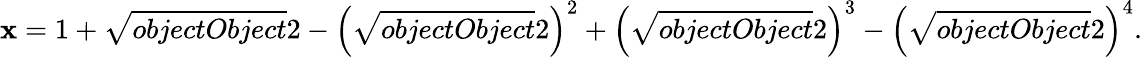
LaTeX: \mathbf{x}=1+{\sqrt{{{objectObject}}}{{2}}}-\left({\sqrt{{{objectObject}}}{{2}}}\right)^{2}+\left({\sqrt{{{objectObject}}}{{2}}}\right)^{3}-\left({\sqrt{{{objectObject}}}{{2}}}\right)^{4}.